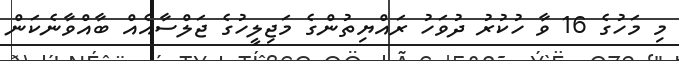
މި މަހުގެ 16 ވާ ހުކުރު ދުވަހު ރައްޔިތުންގެ މަޖިލީހުގެ ޖަލްސާއެއް ބާއްވާނެކަން